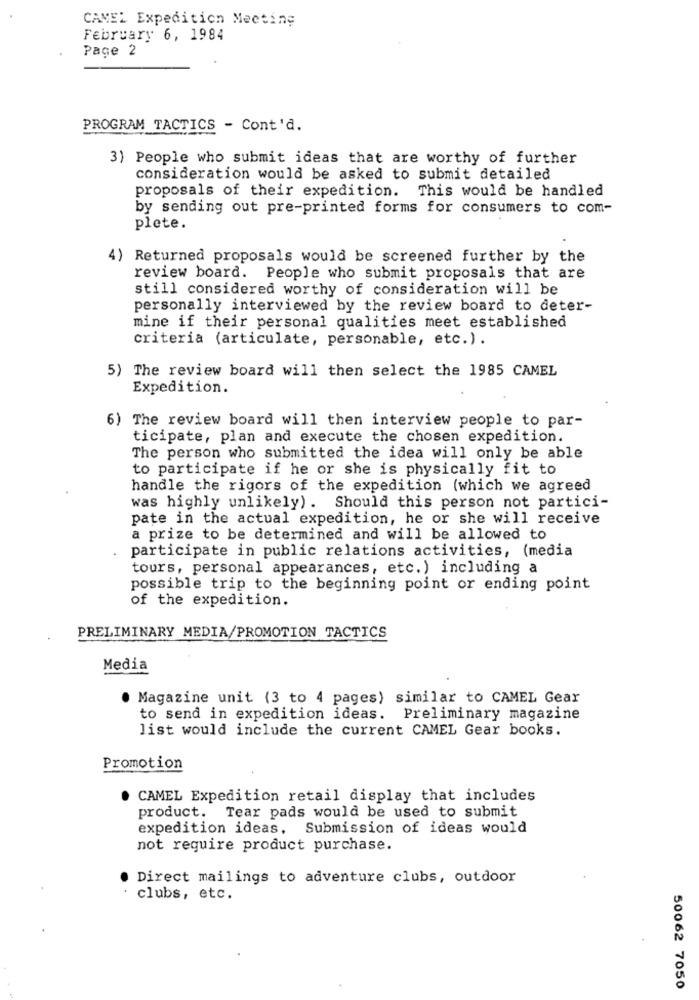
CAMEL Expedition Meeting
February 6, 1984
Page 2
PROGRAM TACTICS - Cont'd.
3) People who submit ideas that are worthy of further
consideration would be asked to submit detailed
proposals of their expedition. This would be handled
by sending out pre-printed forms for consumers to com-
plete.
4) Returned proposals would be screened further by the
review board. People who submit proposals that are
still considered worthy of consideration will be
personally interviewed by the review board to deter-
mine if their personal qualities meet established
criteria (articulate, personable, etc.).
5) The review board will then select the 1985 CAMEL
Expedition.
6) The review board will then interview people to par-
ticipate, plan and execute the chosen expedition.
The person who submitted the idea will only be able
to participate if he or she is physically fit to
handle the rigors of the expedition (which we agreed
was highly unlikely). Should this person not partici-
pate in the actual expedition, he or she will receive
a prize to be determined and will be allowed to
participate in public relations activities, (media
tours, personal appearances, etc.) including a
possible trip to the beginning point or ending point
of the expedition.
PRELIMINARY MEDIA/PROMOTION TACTICS
Media
· Magazine unit (3 to 4 pages) similar to CAMEL Gear
to send in expedition ideas. Preliminary magazine
Jist would include the current CAMEL Gear books.
Promotion
. CAMEL Expedition retail display that includes
product. Tear pads would be used to submit
expedition ideas. Submission of ideas would
not require product purchase.
Direct mailings to adventure clubs, outdoor
clubs, etc.
50062 7050